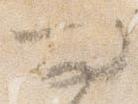
問